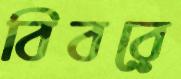
বিবরে